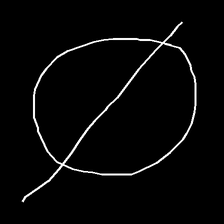
Glyph: orb